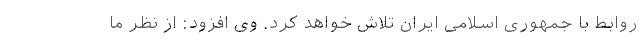
روابط با جمهوری اسلامی ایران تلاش خواهد کرد. وی افزود: از نظر ما